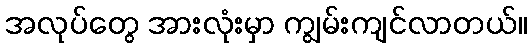
အလုပ်တွေ အားလုံးမှာ ကျွမ်းကျင်လာတယ်။